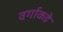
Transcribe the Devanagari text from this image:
वर्गाकडे